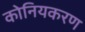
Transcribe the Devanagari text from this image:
कोनियकरण